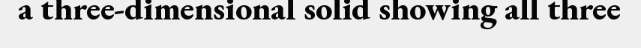
a three-dimensional solid showing all three